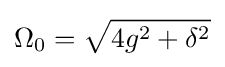
\Omega _{0}={\sqrt {4g^{2}+\delta ^{2}}}